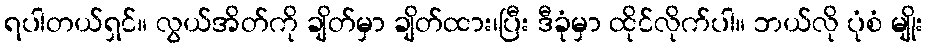
ရပါတယ်ရှင်။ လွယ်အိတ်ကို ချိတ်မှာ ချိတ်ထား၊ပြီး ဒီခုံမှာ ထိုင်လိုက်ပါ။ ဘယ်လို ပုံစံ မျိုး